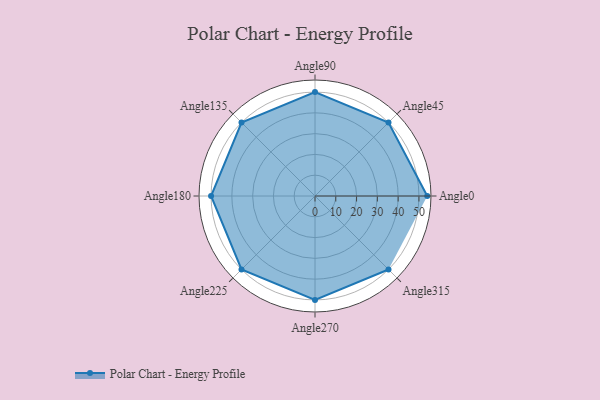
{"axis": {"x": "Angle", "y": "Radius"}, "legend": [""], "data": [{"x": "Angle0", "y": 54.0, "type": ""}, {"x": "Angle45", "y": 50, "type": ""}, {"x": "Angle90", "y": 50, "type": ""}, {"x": "Angle135", "y": 50, "type": ""}, {"x": "Angle180", "y": 50, "type": ""}, {"x": "Angle225", "y": 50, "type": ""}, {"x": "Angle270", "y": 50, "type": ""}, {"x": "Angle315", "y": 50, "type": ""}]}